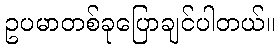
ဥပမာတစ်ခုပြောချင်ပါတယ်။